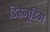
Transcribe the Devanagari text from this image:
डिस्नूडिंग